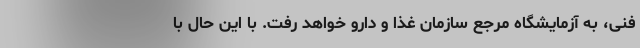
فنی، به آزمایشگاه مرجع سازمان غذا و دارو خواهد رفت. با این حال با